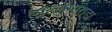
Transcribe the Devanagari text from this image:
सल्लुमाराडा